Report of the King Institute of Preventive Medicine, Guindy
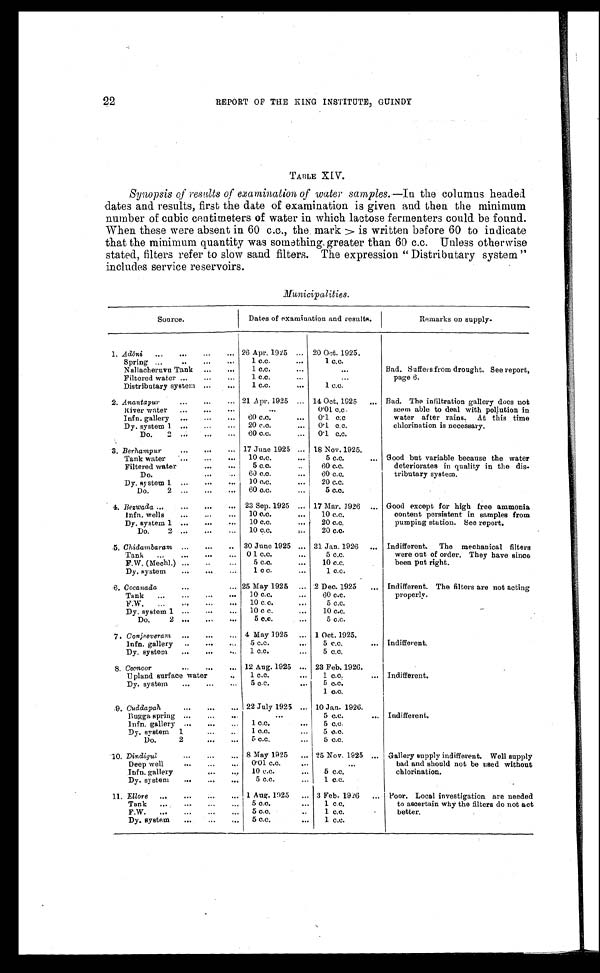
22
REPORT OF THE RING INSTITUTE, GUINDY
TABLE XIV.
Synopsis of results of examination of water samples. —In the columns headed
dates and results, first the date of examination is given and then the minimum
number of cubic centimeters of water in which lactose fermenters could be found.
When these were absent in 60 c.c., the mark > is written before 60 to indicate
that the minimum quantity was something greater than 60 c.c. Unless otherwise
stated, filters refer to slow sand filters. The expression “ Distributary system ”
includes service reservoirs.
Municipalities.
Source.
Dates of examination and results.
Remarks on supply.
1. Ad
ō n i
. . .
. . .
. . .
. . . 26 Apr. 1925 ... 20 Oct. 1925.
Bad. Suffers from drought. See report,
page 6.
Spring ...
...
...
1 c.c. . . .
1 c.c.
Nallacheruvu Tank
...
...
1 c.c.. . . .
...
Filtered water ...
. . . . . .
1 c.c.
. . .
. . .
Distributary system ...
. . .
1 c.c.
. . .
1 c.c.
2. Anantapur
•.. ...
. . .
21 Apr. 1925 ... 14 Oct. 1925
... Bad. The infiltration gallery does not
seem able to deal with pollution in
water after rains.
At this time
chlorination is necessary.
River water
...
. . .
. . .
0'01 c.c.
Infn. gallery
...
. . .
. . .
60 c.c.
...
0'1 c;c
Dy. system I
...
...
...
20 c.o.
...
0.1 c.c.
Do.
2 ...
60 c.c.
...
0.1 c.c.
3. Berhampur
. . . 17 June 1925 ... 18 Nov. 1925.
Good but variable because the water
deteriorates in quality in the dis-
tributary system.
Tank water
...
...
. . .
10 c.c.
5 c.c.
...
Filtered water
. . . • ••
5 c.c.
60 c.c.
Do.
. . .
60 c.c.
...
60 c.c.
Dy. system 1
...
. . .
10 c.c.
...
20 c.c.
Do.
2 ...
...
. . .
60 c.c.
.. .
5 c.c.
4. Bezwada ...
...
...
...
23 Sep. 1925 ... 17 Mar. 1926
... Good except for high free ammonia
content persistent in samples from
pumping station. See report.
•
Infn. wells
......
10 c.c.
...
10 c.c.
Dy. system 1 ...
...
...
10 c.c.
...
20 c.c,
Do.
2 ...
...
10 c.c.
. . .
20 c.o.
5. Chidambaram ...
...
.. 30 June 1925 ... 31 Jan. 1926 ... Indifferent. The mechanical filters
were out of order. They have since
been put right.
Tank
...
...
•••
...
0 1 c.c.
...
5 c.c.
F.W. (Mechl.) .,.
...
5 c.c.
...
10 c.c.
Dy. system
...
. . .
1 c c.
1 c . c .
6. Cocanada
...
... 25 May 1925
... 2 Dec. 1925
... Indifferent. The filters are not acting
properly.
Tank
...
...
. . .
10 c.c.
...
60 c.c.
F.W.
...
...
...
...
10 c. c.
...
5 c.c.
Dy. system 1 ...
...
...
10 c c.
. . .
10 c.c.
Do.
5 c.c.
. . .
5 c.c.
7. Conjeeveram
...
...
. . . 4 May 1925
... 1 Oct. 1925.
Indifferent.
lnfn. gallery
..
...
...
5 c.c.
. . .
5 c.c.
...
Dy. system
...
...
...
1 c.c.
...
5 c.c.
8. Coonoor
...
...
... 12 Aug. 1925 ... 23 Feb. 1926.
Indifferent.
Upland surface water
..
1 c.c.
...
1 c.c.
...
Dy. system
...
. . . ••.
5 c.c.
...
5 c.c.
1 c.c.
9. Cuddapah
... ...
... 22 July 1925 ... 10 Jan. 1926.
Indifferent.
Bugga spring ......
...
5 c.c.
...
lnfn. gallery ...
...
...
1 c.c.
...
5 c.c.
Dy. system
1
...
..
1 c.c.
...
5 c.c.
Do.
2
...
. . .
5 c.c.
...
5 c.c.
10. Dindigul
...
... ... 8 May 1925
... 25 Nov. 1925 ... Gallery supply indifferent. Well supply
bad and should not be used without
chlorination.
Deep well
...
...
. . .
0.01 c.c.
. . .
. . .
Infn, gallery
...
. . .
10 c.c.
...
5 c.c.
Dy. system
...
...
...
5 c.c.
...
1 c.c.
11. Ellore
...
...
...
... 1 Aug. 1925
... 3 Feb. 1926
... Poor. Local investigation are needed
to ascertain why the filters do not act
better.
Tank
....
...
...
..,
5 c.c.
...
1 c.c.
F.W.
...
...
...
5 c.c.
1 c.c.
...
Dy. system
...
...
5 c.c.
...
1 c.c.